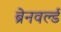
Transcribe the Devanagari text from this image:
ब्रेनवर्ल्ड